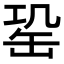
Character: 𦈩